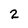
Character: 2